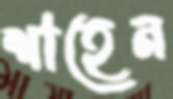
শাহেন